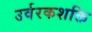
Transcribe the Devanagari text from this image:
उर्वरकशक्ति